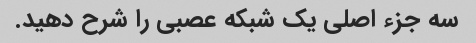
سه جزء اصلی یک شبکه عصبی را شرح دهید.